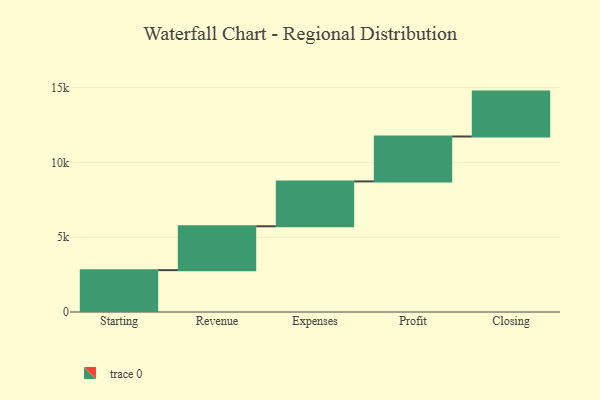
{"axis": {"x": "Step", "y": "Value"}, "legend": [""], "data": [{"x": "Starting", "y": 2797.0, "type": ""}, {"x": "Revenue", "y": 2931.0, "type": ""}, {"x": "Expenses", "y": 3000, "type": ""}, {"x": "Profit", "y": 3000, "type": ""}, {"x": "Closing", "y": 3000, "type": ""}]}